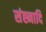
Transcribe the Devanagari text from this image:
संह्नादि